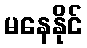
မနေနိုင်